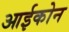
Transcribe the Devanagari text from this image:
आईकोन